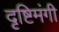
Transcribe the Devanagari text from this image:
दृष्टिमंगी